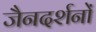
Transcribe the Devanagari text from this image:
जैनदर्शनों